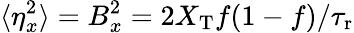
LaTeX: \langle\eta_{x}^{2}\rangle=B_{x}^{2}=2X_{\mathrm{T}}f(1-f)/{\tau_{\mathrm{r}}}